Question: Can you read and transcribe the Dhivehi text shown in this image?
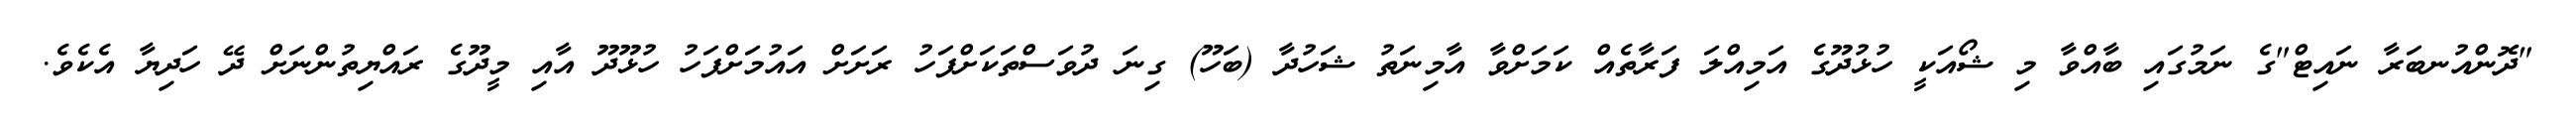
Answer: "ދޮންއުނބަރާ ނައިޓް"ގެ ނަމުގައި ބާއްވާ މި ޝޯއަކީ ހުޅުދޫގެ އަމިއްލަ ފަރާތެއް ކަމަށްވާ އާމިނަތު ޝަހުދާ (ބަހޫ) ގިނަ ދުވަސްތަކަށްފަހު ރަށަށް އައުމަށްފަހު ހުޅޫދޫ އާއި މީދޫގެ ރައްޔިތުންނަށް ދޭ ހަދިޔާ އެކެވެ.